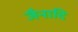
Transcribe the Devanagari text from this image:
जैनादि